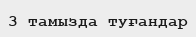
3 тамызда туғандар